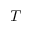
T